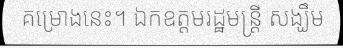
គម្រោងនេះ។ ឯកឧត្តមរដ្ឋមន្ត្រី សង្ឃឹម